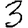
Digit: 3